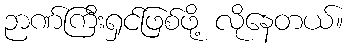
ဉာဏ်ကြီးရှင်ဖြစ်ဖို့ လိုနေတယ်။